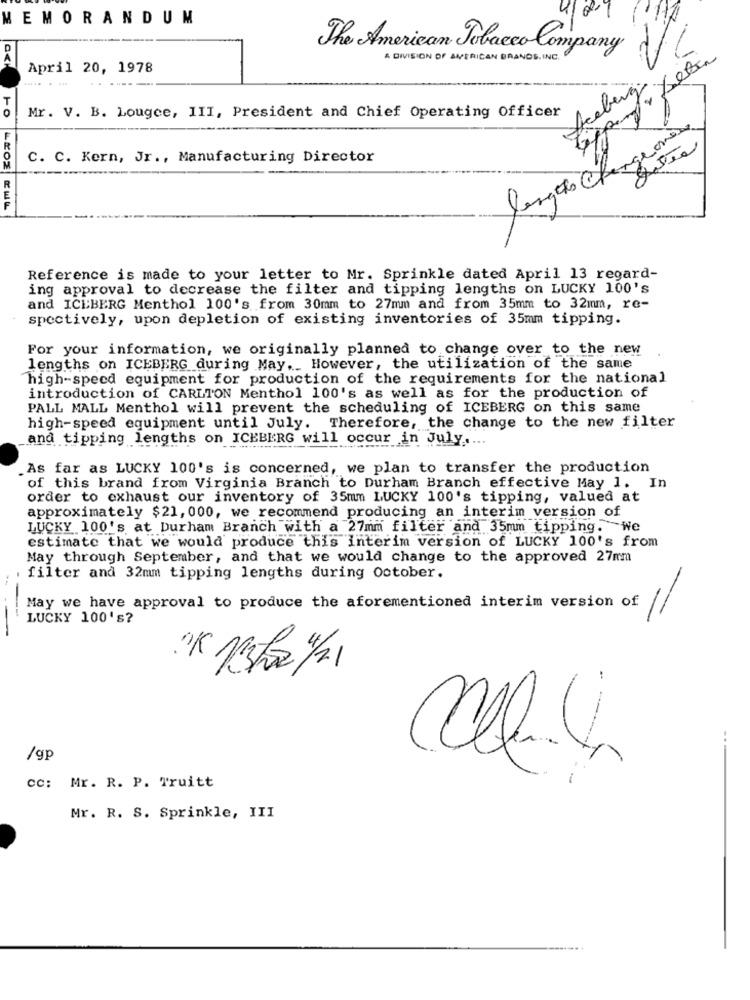
MEMORANDUM
D
The American Tobacco Company
A DIVISION OF AMERICAN BRANDS INC.
April 20, 1978
Mr. V. B. Lougee, III, President and Chief Operating Officer
lengths Change omes
C. C. Kern, Jr ., Manufacturing Director
FO LEOE EWL
Reference is made to your letter to Mr. Sprinkle dated April 13 regard-
ing approval to decrease the filter and tipping lengths on LUCKY 100's
and ICEBERG Menthol 100's from 30mm to 27mm and from 35mm to 32mm, re-
spectively, upon depletion of existing inventories of 35mm tipping.
For your information, we originally planned to change over to the new
lengths on ICEBERG during May .. However, the utilization of the same
high-speed equipment for production of the requirements for the national
introduction of CARLTON Menthol 100's as well as for the production of
PALL MALL Menthol will prevent the scheduling of ICEBERG on this same
high-speed equipment until July. Therefore, the change to the new filter
and tipping lengths on ICEBERG will occur in July ....
.As far as LUCKY 100's is concerned, we plan to transfer the production
of this brand from Virginia Branch to Durham Branch effective May 1. In
order to exhaust our inventory of 35mm LUCKY 100's tipping, valued at
approximately $21, 000, we recommend producing an interim version of
LUCKY 100's at Durham Branch with a 27mm filter and 35mm tipping. We
estimate that we would produce this interim version of LUCKY 100's from
May through September, and that we would change to the approved 27mm
filter and 32mm tipping lengths during October.
May we have approval to produce the aforementioned interim version of
- -
11
LUCKY 100's?
-- --
OK 13/0 4/21
-
---
/gp
cc: Mr. R. P. Truitt
Mr. R. S. Sprinkle, III